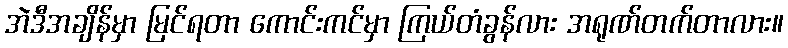
အဲဒီအချိန်မှာ မြင်ရတာ ကောင်းကင်မှာ ကြယ်တံခွန်လား အရုဏ်တက်တာလား။